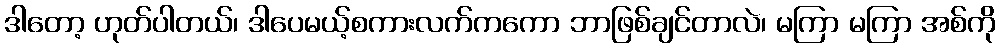
ဒါတော့ ဟုတ်ပါတယ်၊ ဒါပေမယ့်စကားလက်ကကော ဘာဖြစ်ချင်တာလဲ၊ မကြာ မကြာ အစ်ကို